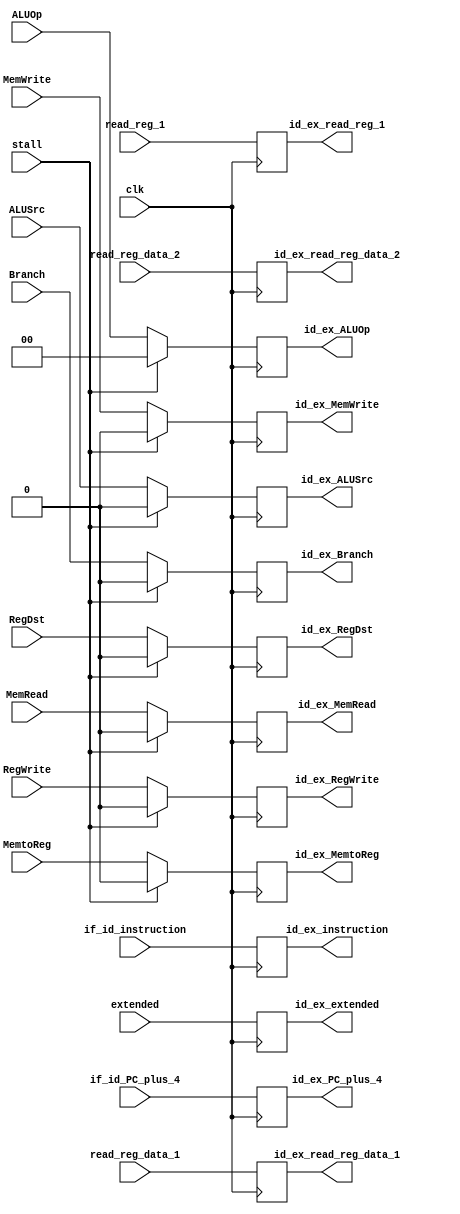
`timescale 1ns / 1ps

module ID_EX(
	input Branch, MemRead, MemWrite, RegWrite, MemtoReg, RegDst, ALUSrc, clk,
	input [1:0] ALUOp,
	input [31:0] if_id_PC_plus_4, read_reg_data_1, read_reg_data_2, extended, if_id_instruction,
	input [4:0] read_reg_1,

	output reg id_ex_Branch, id_ex_MemRead, id_ex_MemWrite, id_ex_RegWrite, id_ex_MemtoReg, id_ex_RegDst, id_ex_ALUSrc,
	output reg [1:0] id_ex_ALUOp,
	output reg [4:0] id_ex_read_reg_1,
	output reg [31:0] id_ex_PC_plus_4, id_ex_read_reg_data_1, id_ex_read_reg_data_2, id_ex_extended, id_ex_instruction,
	input stall
	
	);
	
	
	always@ (negedge clk) begin
        if(!stall) begin
            id_ex_Branch <= Branch;
            id_ex_MemRead <= MemRead;
            id_ex_MemWrite <= MemWrite;
            id_ex_RegWrite <= RegWrite;
            id_ex_MemtoReg <= MemtoReg;
            id_ex_RegDst <= RegDst;
            id_ex_ALUSrc <= ALUSrc;
            id_ex_ALUOp <= ALUOp;
            id_ex_PC_plus_4 <= if_id_PC_plus_4;
            id_ex_read_reg_data_1 <= read_reg_data_1;
            id_ex_read_reg_1 <= read_reg_1;
            id_ex_read_reg_data_2 <= read_reg_data_2;
            id_ex_extended <= extended;
            id_ex_instruction <= if_id_instruction;
            end
         else
            begin
                id_ex_Branch <= 0;
                id_ex_MemRead <= 0;
                id_ex_MemWrite <= 0;
                id_ex_RegWrite <= 0;
                id_ex_MemtoReg <= 0;
                id_ex_RegDst <= 0;
                id_ex_ALUSrc <= 0;
                id_ex_ALUOp <= 0;
                id_ex_PC_plus_4 <= if_id_PC_plus_4;
                id_ex_read_reg_data_1 <= read_reg_data_1;
                id_ex_read_reg_1 <= read_reg_1;
                id_ex_read_reg_data_2 <= read_reg_data_2;
                id_ex_extended <= extended;
                id_ex_instruction <= if_id_instruction;
            end

	end
	
endmodule